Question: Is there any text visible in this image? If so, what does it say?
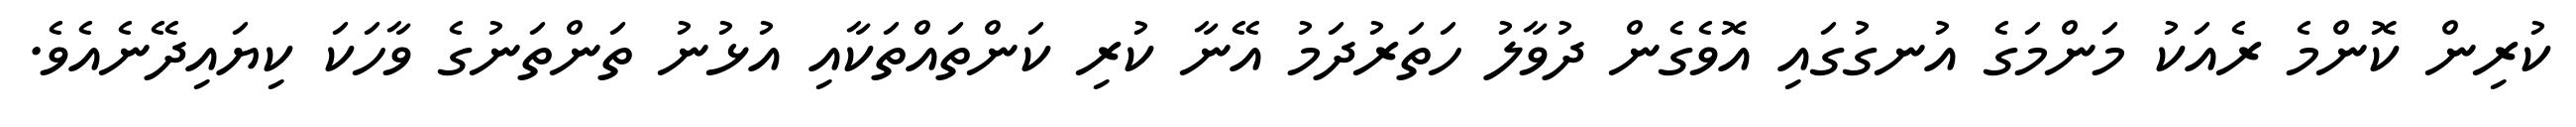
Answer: ކުރިން ކޮންމެ ރެއަކު މަންމަގެ އުނގުގައި އޮވެގެން ދުވާލު ހަތަރުދަމު އޭނާ ކުރި ކަންތައްތަކާއި އުޅުނު ތަންތަނުގެ ވާހަކަ ކިޔައިދޭނެއެވެ.